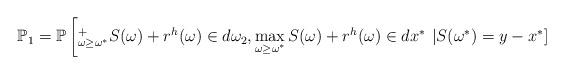
LaTeX: \begin{align*}\mathbb{P}_1=\mathbb{P}\left[^{+}_{\omega \ge \omega^{*}} S(\omega)+r^{h}(\omega) \in d\omega_2, \max\limits_{\omega \ge \omega^{*}} S(\omega)+r^h(\omega) \in dx^{*} \right. \left. \vert S(\omega^{*})=y-x^{*}\right]\end{align*}